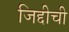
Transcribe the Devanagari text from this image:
जिद्दीची